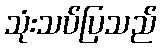
သုံးသပ်ပြသည်